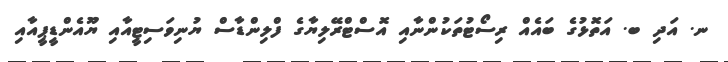
ނ. އަދި ބ. އަތޮޅުގެ ބައެއް ރިސޯޓުތަކުންނާއި އޮސްޓްރޭލިޔާގެ ފްލިންޑާސް ޔުނިވަސިޓީއާއި ޔޫއެންޑީޕީއާއި